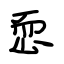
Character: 恧